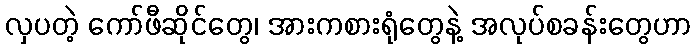
လှပတဲ့ ကော်ဖီဆိုင်တွေ၊ အားကစားရုံတွေနဲ့ အလုပ်စခန်းတွေဟာ